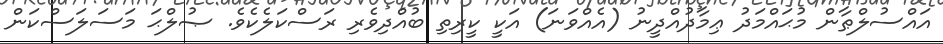
އައްސުލްޠާން މުޙައްމަދު ޢިމާދުއްދީނު (އެއްވަނަ) އަކީ ކީރިތި ބުއްދިވެރި ރަސްކަލެކެވެ. ޞުލްޙަ މަސަލަސްކަން